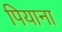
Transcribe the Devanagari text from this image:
पियाना